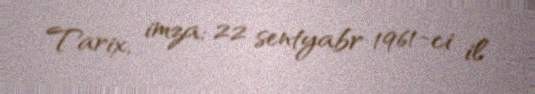
Tarix, imza: 22 sentyabr 1961-ci il